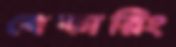
বেকারিং